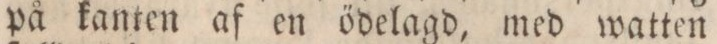
på kanten af en ödelagd, med watten